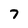
Character: 7